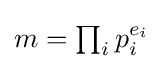
{\textstyle m=\prod _{i}p_{i}^{e_{i}}}